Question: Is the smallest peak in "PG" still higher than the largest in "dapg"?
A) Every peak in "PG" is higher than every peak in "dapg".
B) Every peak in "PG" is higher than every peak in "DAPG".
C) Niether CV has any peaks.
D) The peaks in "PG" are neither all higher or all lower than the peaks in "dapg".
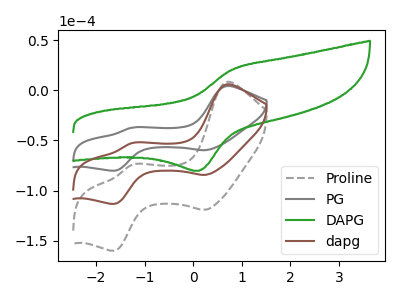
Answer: <think>The gray dashed curve "Proline" has anodic peaks at (0.70V, 11.75uA) (-1.25V, -105.35uA) and cathodic peaks at (0.25V, -168.80uA) (-1.60V, -226.55uA). The gray curve "PG" has anodic peaks at (0.70V, 4.15uA) (-1.25V, -37.30uA) and cathodic peaks at (0.25V, -59.75uA) (-1.60V, -80.20uA). The green curve "DAPG" has an anodic peak at (0.80V, 20.45uA) and a cathodic peak at (0.10V, -80.30uA). The brown curve "dapg" has anodic peaks at (0.70V, 5.90uA) (-1.25V, -52.70uA) and cathodic peaks at (0.25V, -84.40uA) (-1.60V, -113.25uA).</think>
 <answer>D) The peaks in "PG" are neither all higher or all lower than the peaks in "dapg".</answer>
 <eval>D</eval>